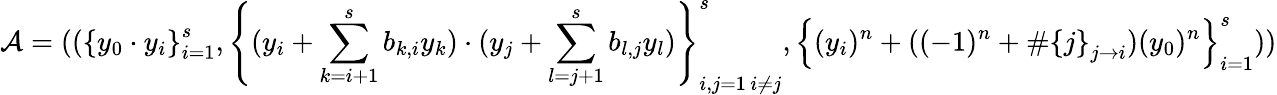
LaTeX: \mathcal{A}=((\left\{ y_{0}\cdot y_{i}\right\} _{i=1}^{s},\left\{ (y_{i}+\sum_{k=i+1}^{s}b_{k,i}y_{k})\cdot(y_{j}+\sum_{l=j+1}^{s}b_{l,j}y_{l})\right\} _{\substack{i,j=1\, i\neq j}}^{s},\left\{ (y_{i})^{n}+((-1)^{n}+\# \left\{ j\right\} _{j\rightarrow i})(y_{0})^{n}\right\} _{i=1}^{s}))